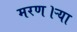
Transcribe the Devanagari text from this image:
मरण।ऱ्या